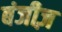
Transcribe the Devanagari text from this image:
बंजीज़